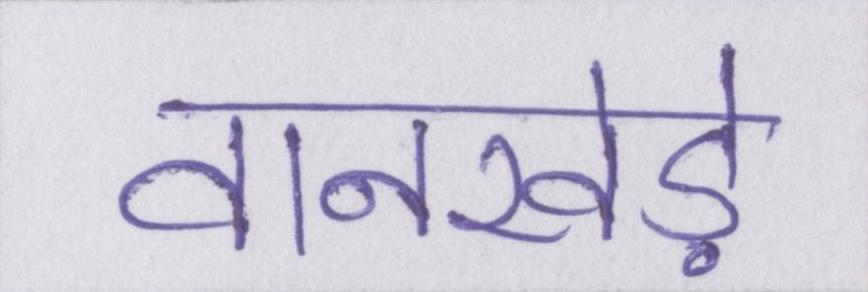
वानखेड़े